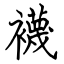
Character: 襪